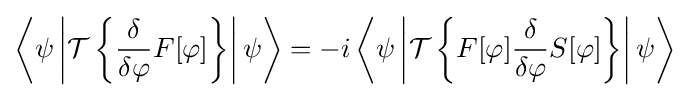
\left\langle \psi \left|{\mathcal {T}}\left\{{\frac {\delta }{\delta \varphi }}F[\varphi ]\right\}\right|\psi \right\rangle =-i\left\langle \psi \left|{\mathcal {T}}\left\{F[\varphi ]{\frac {\delta }{\delta \varphi }}S[\varphi ]\right\}\right|\psi \right\rangle